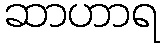
ဆာဟာရ